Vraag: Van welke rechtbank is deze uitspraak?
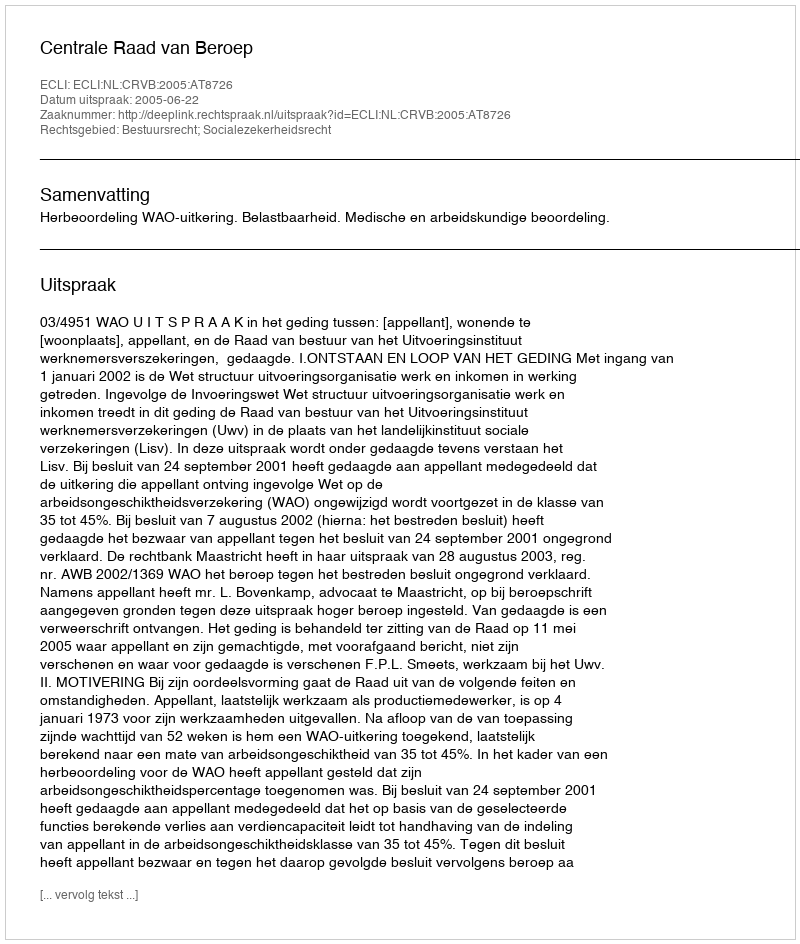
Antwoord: Centrale Raad van Beroep